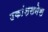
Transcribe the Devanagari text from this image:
उकांशसनेस